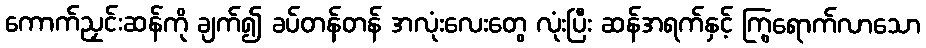
ကောက်ညှင်းဆန်ကို ချက်၍ ခပ်တန်တန် အလုံးလေးတွေ လုံးပြီး ဆန်အရက်နှင့် ကြွရောက်လာသော